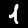
Label: 1